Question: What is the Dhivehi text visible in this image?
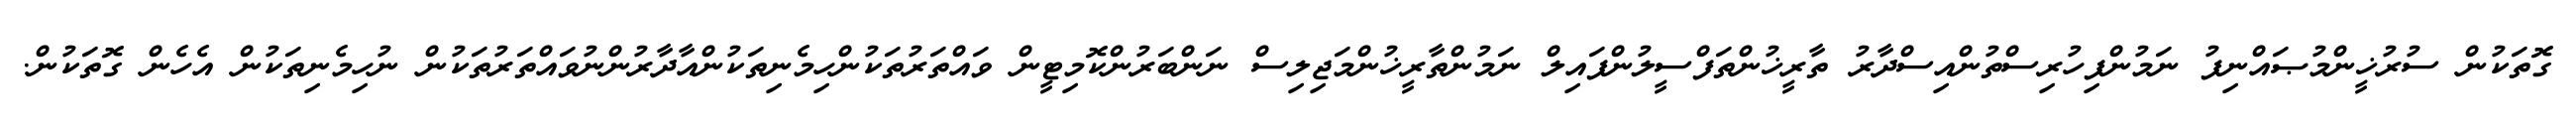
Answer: ގޮތަކުން ސުރުޚީންމުޞައްނިފު ނަމުންފިހުރިސްތުންއިސްދާރު ތާރީޚުންތަފްސީލުންފައިލް ނަމުންތާރީޚުންމަޖިލިސް ނަންބަރުންކޮމިޓީން ވައްތަރުތަކުންހިމެނިތަކުންއާދާރުންނުވައްތަރުތަކުން ނުހިމެނިތަކުން އެހެން ގޮތަކުން.